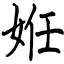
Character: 姙